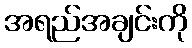
အရည်အချင်းကို